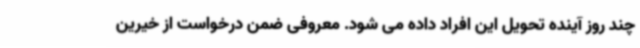
چند روز آینده تحویل این افراد داده می شود. معروفی ضمن درخواست از خیرین